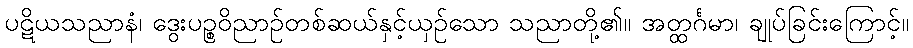
ပဋိယသညာနံ၊ ဒွေးပဉ္စဝိညာဉ်တစ်ဆယ်နှင့်ယှဉ်သော သညာတို့၏။ အတ္ထင်္ဂမာ၊ ချုပ်ခြင်းကြောင့်။